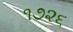
૧૭૨૬